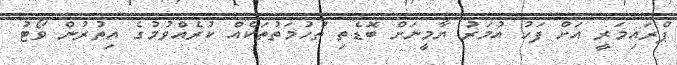
ޕްރައިމަރީ އަށް ފަހު އުމަރު ޔާމީނަށް ބޮޑެތި ތުހުމަތުތަކެއް ކުރެއްވުމުގެ އިތުރުން ވޯޓު